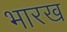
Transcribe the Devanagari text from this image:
भारख